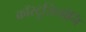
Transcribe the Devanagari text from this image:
कॉस्ट्रुज़ियोनि